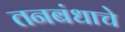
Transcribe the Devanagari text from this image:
तनबंधाचे